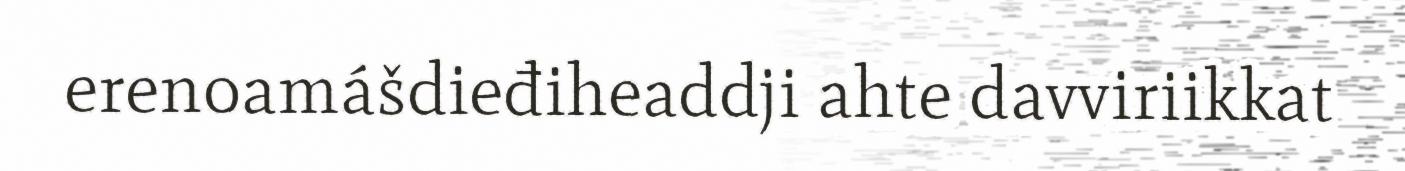
erenoamášdieđiheaddji ahte davviriikkat